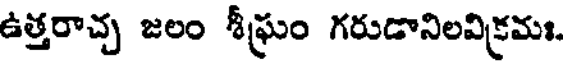
ఉత్తరాచ్చ జలం శీఘ్రం గరుడానిలవిక్రమః.